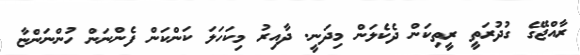
ރާއްޖޭގެ ގުދުރަތީ ރީތިކަން ދެކެލަން މިދަނީ. ދާއިރު މިކަހަލަ ކަންކަން ފެންނަން ހުންނަންޏާ